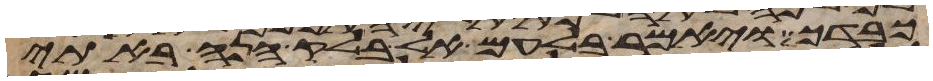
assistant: כבדך ויאמר בלעם אל בלק הנה באתי